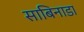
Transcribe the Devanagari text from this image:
साबिनाडा